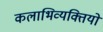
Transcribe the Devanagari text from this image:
कलाभिव्यक्तियों